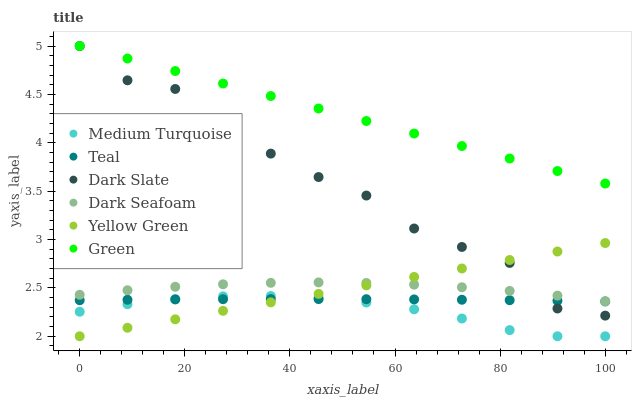
| xaxis_label | Medium Turquoise | Teal | Dark Slate | Dark Seafoam | Yellow Green | Green |
 | --- | --- | --- | --- | --- | --- | --- |
 | 0 | 2.25 | 2.37 | 5 | 2.43 | 2 | 5 |
 | 9.09 | 2.33 | 2.38 | 4.65 | 2.48 | 2.09 | 4.87 |
 | 18.2 | 2.38 | 2.38 | 4.56 | 2.51 | 2.18 | 4.74 |
 | 27.3 | 2.41 | 2.38 | 4.07 | 2.54 | 2.26 | 4.61 |
 | 36.4 | 2.42 | 2.38 | 3.89 | 2.55 | 2.35 | 4.48 |
 | 45.5 | 2.39 | 2.38 | 3.65 | 2.56 | 2.44 | 4.35 |
 | 54.5 | 2.35 | 2.38 | 3.45 | 2.55 | 2.53 | 4.22 |
 | 63.6 | 2.28 | 2.38 | 3.11 | 2.53 | 2.61 | 4.1 |
 | 72.7 | 2.18 | 2.38 | 2.92 | 2.51 | 2.7 | 3.97 |
 | 81.8 | 2.06 | 2.37 | 2.76 | 2.47 | 2.79 | 3.84 |
 | 90.9 | 2 | 2.37 | 2.29 | 2.42 | 2.88 | 3.71 |
 | 100 | 2 | 2.36 | 2.21 | 2.36 | 2.96 | 3.58 |